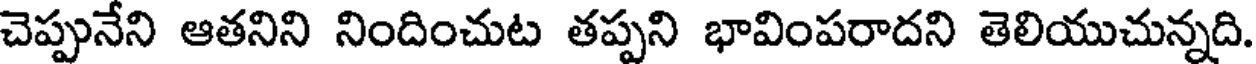
చెప్పునేని ఆతనిని నిందించుట తప్పని భావింపరాదని తెలియుచున్నది